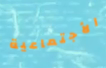
الأجتماعية